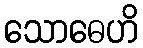
သောဓေဟိ